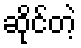
ဆိုင်တဲ့